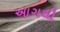
આગથી